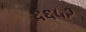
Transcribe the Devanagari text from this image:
६६५२